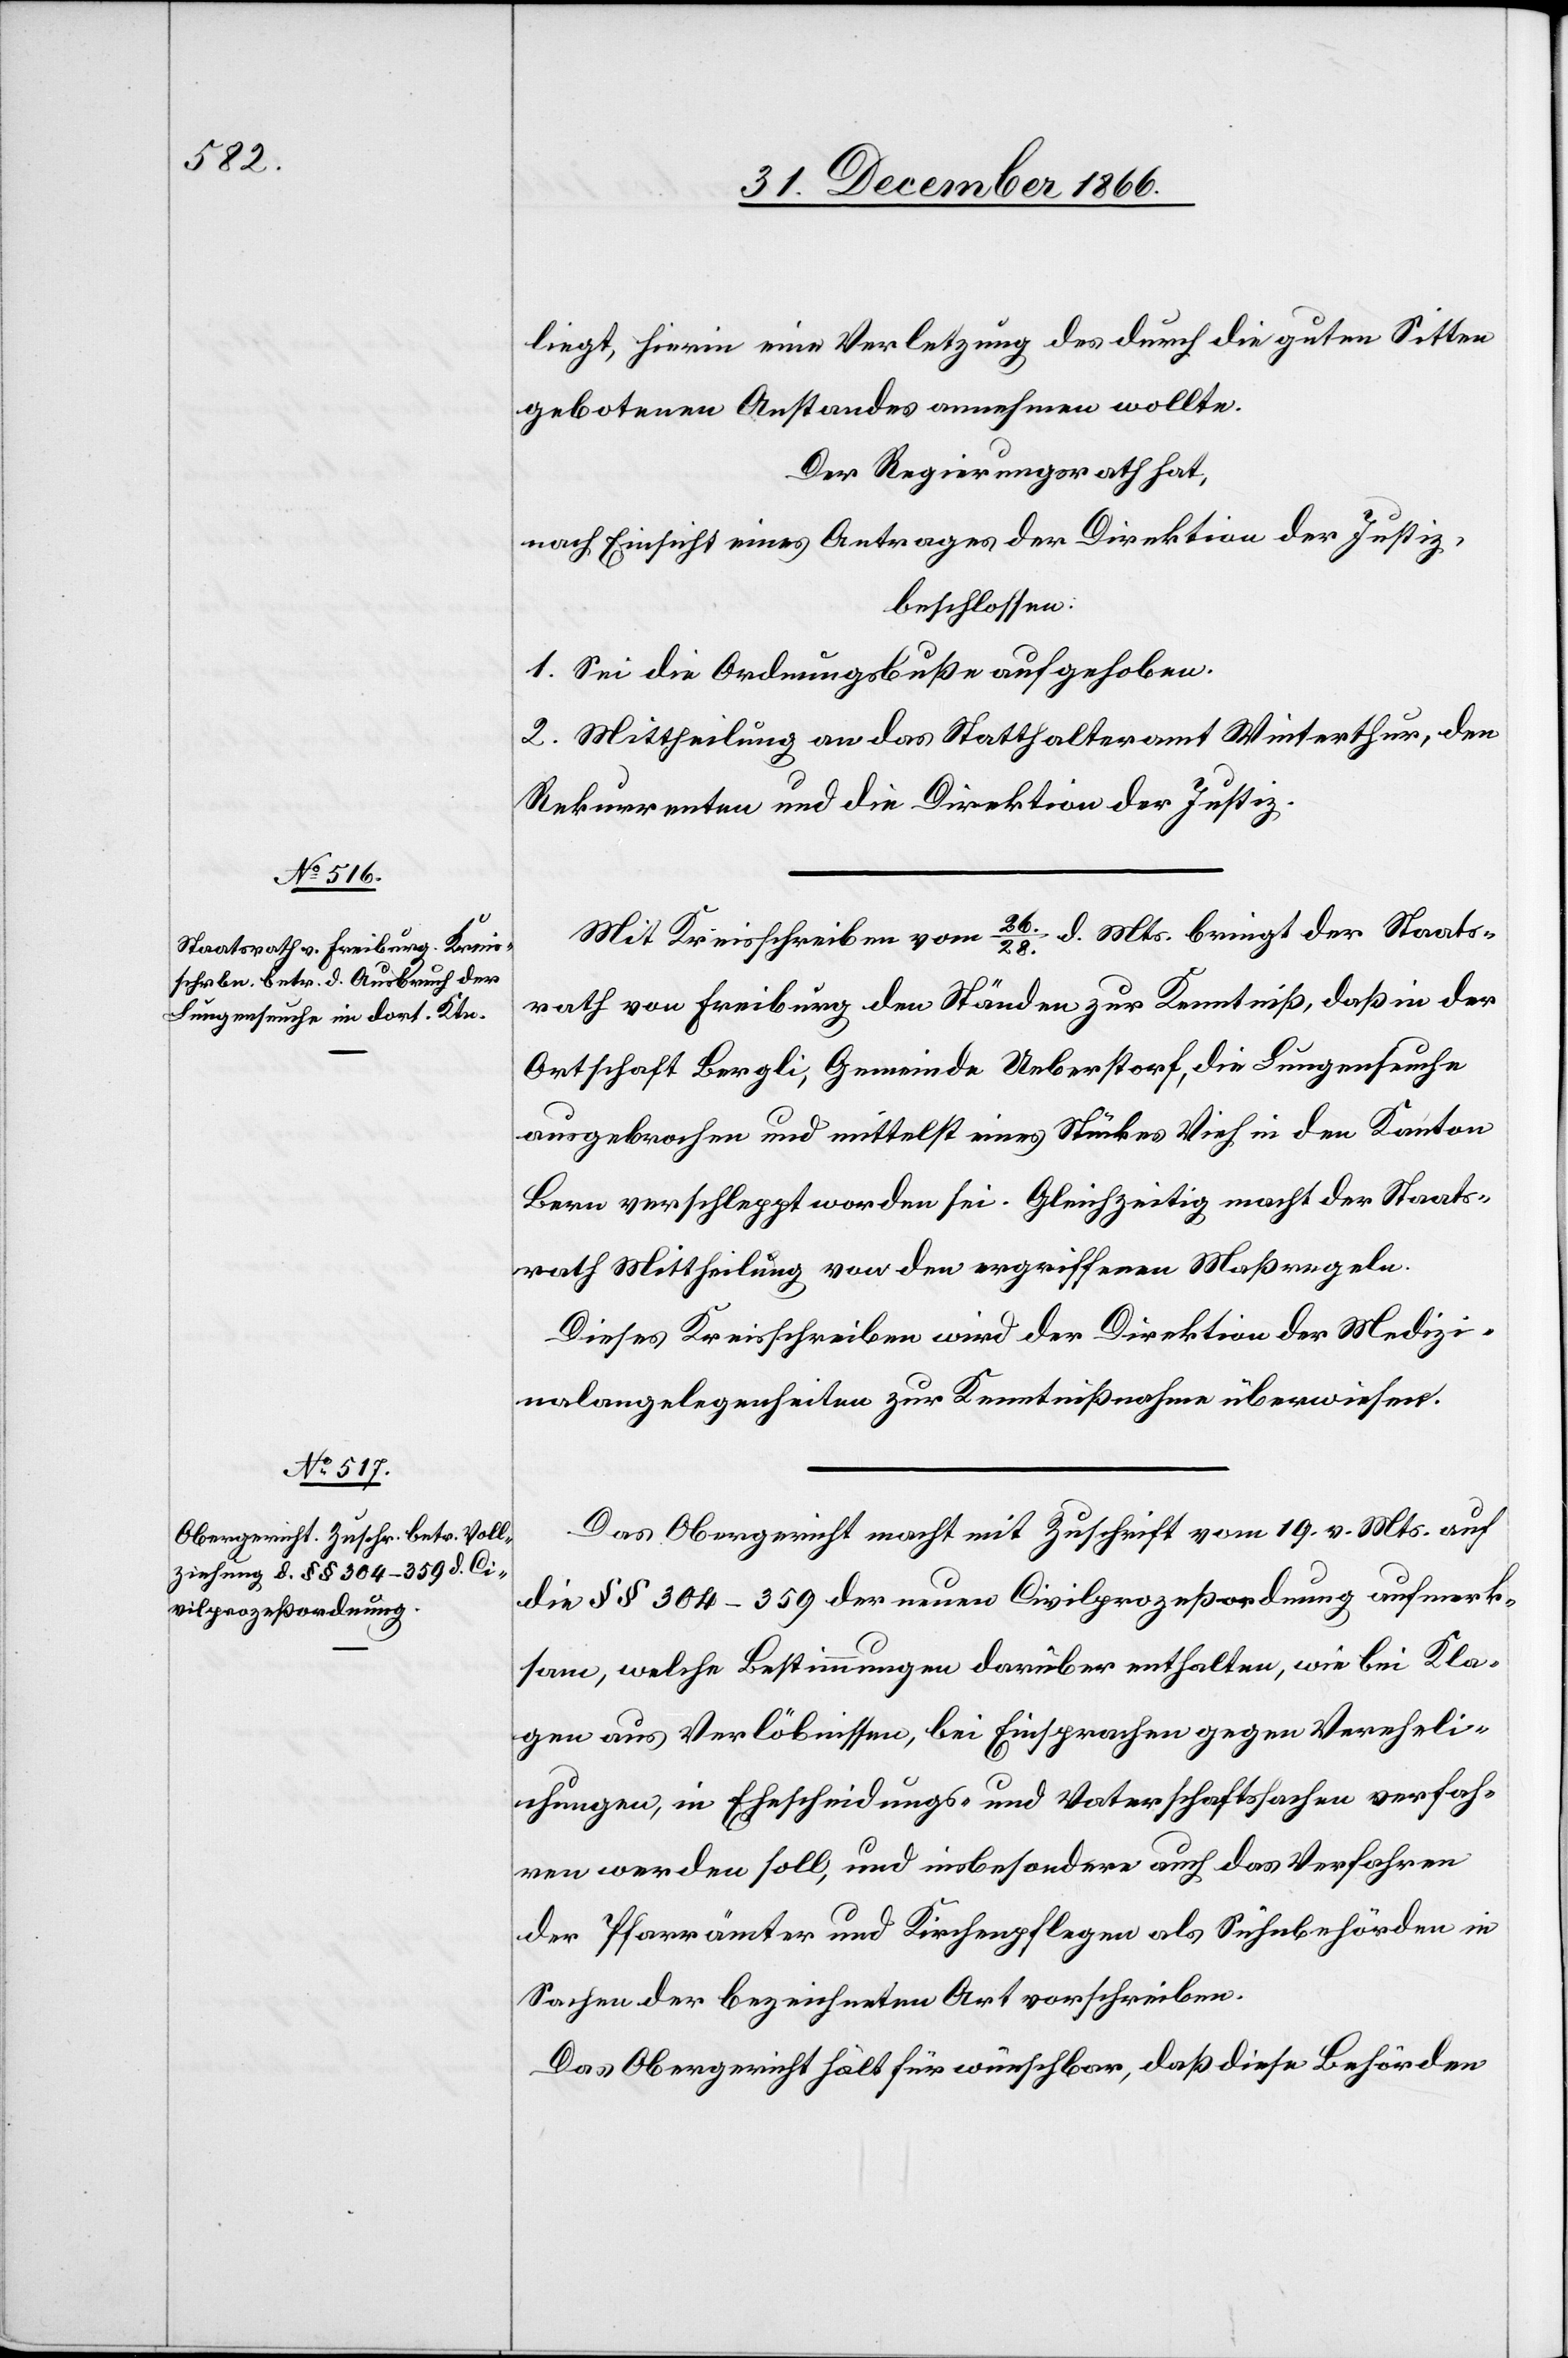
liegt, hierin eine Verletzung des durch die guten Sitten
gebotenen Anstandes annehmen wollte.
Der Regierungsrath hat,
nach Einsicht eines Antrages der Direktion der Justiz,
beschlossen:
1. Sei die Ordnungsbuße aufgehoben.
2. Mittheilung an das Statthalteramt Winterthur, den
Rekurrenten und die Direktion der Justiz.
Mit Kreisschreiben vom 26./28. d. Mts. bringt der Staats¬
rath von Freiburg den Ständen zur Kenntniß, daß in der
Ortschaft Bergli, Gemeinde Ueberstorf, die Lungenseuche
ausgebrochen und mittelst eines Stückes Vieh in den Kanton
Bern verschleppt worden sei. Gleichzeitig macht der Staats¬
rath Mittheilung von den ergriffenen Maßregeln.
Dieses Kreisschreiben wird der Direktion der Medizi¬
nalangelegenheiten zur Kenntnißnahme überwiesen.
Das Obergericht macht mit Zuschrift vom 19. v. Mts. auf
die § § 304–359 der neuen Civilprozeßordnung aufmerk¬
sam, welche Bestimmungen darüber enthalten, wie bei Kla¬
gen aus Verlöbnissen, bei Einsprachen gegen Vereheli¬
chungen, in Ehescheidungs- und Vaterschaftssachen verfah¬
ren werden soll, und insbesondere auch das Verfahren
der Pfarrämter und Kirchenpflegen als Sühnbehörden in
Sachen der bezeichneten Art vorschreiben.
Das Obergericht hält für wünschbar, daß diese Behörden